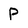
Character: P